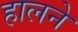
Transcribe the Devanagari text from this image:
हालने